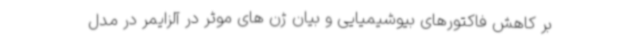
بر کاهش فاکتورهای بیوشیمیایی و بیان ژن های موثر در آلزایمر در مدل